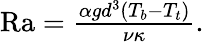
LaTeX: \begin{array}{r}{\mathrm{Ra}=\frac{\alpha gd^{3}(T_{b}-T_{t})}{\nu\kappa}.}\end{array}